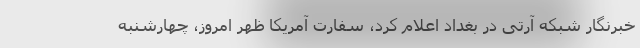
خبرنگار شبکه آرتی در بغداد اعلام کرد، سفارت آمریکا ظهر امروز، چهارشنبه